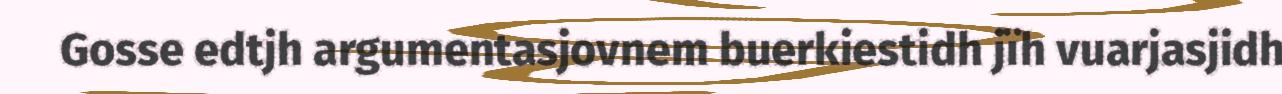
Gosse edtjh argumentasjovnem buerkiestidh jïh vuarjasjidh